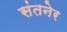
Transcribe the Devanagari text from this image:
संतनेर